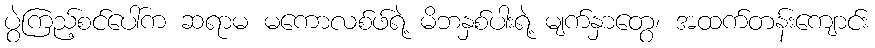
ပွဲကြည့်စင်ပေါ်က ဆရာမ မကောလစ်ဖ်ရဲ့ မိဘနှစ်ပါးရဲ့ မျက်နှာတွေ၊ အထက်တန်းကျောင်း